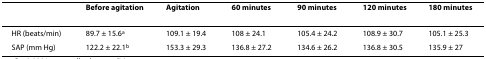
<table><thead><tr><td></td><td><b>Before agitation</b></td><td><b>Agitation</b></td><td><b>60 minutes</b></td><td><b>90 minutes</b></td><td><b>120 minutes</b></td><td><b>180 minutes</b></td></tr></thead><tbody><tr><td>HR (beats/min)</td><td>89.7 ± 15.6<sup>a</sup></td><td>109.1 ± 19.4</td><td>108 ± 24.1</td><td>105.4 ± 24.2</td><td>108.9 ± 30.7</td><td>105.1 ± 25.3</td></tr><tr><td>SAP (mm Hg)</td><td>122.2 ± 22.1<sup>b</sup></td><td>153.3 ± 29.3</td><td>136.8 ± 27.2</td><td>134.6 ± 26.2</td><td>136.8 ± 30.5</td><td>135.9 ± 27</td></tr></tbody></table>